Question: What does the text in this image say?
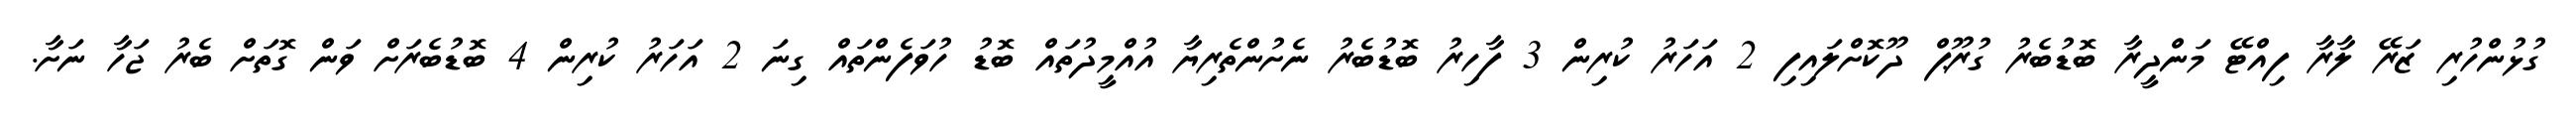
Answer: ގުޅުންހުރި ޒަރޭ ލާރާ ފިއްޓޭ މަންދީރާ ބޮޑުބެރު ގުރޫޕް ދޫކޮށްލައިފި 2 އަހަރު ކުރިން 3 ފާހިރު ބޮޑުބެރު ނެށުންތެރިޔާ އުއްމީދުތައް ބޮޑު ހުވަފެންތައް ގިނަ 2 އަހަރު ކުރިން 4 ބޮޑުބެރަށް ވަން ގޮތަށް ބެރު ޖަހާ ނަށާ.